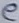
Text: e